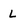
Character: L